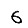
Digit: 6